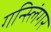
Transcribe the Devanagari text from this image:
गन्स्लिंगर